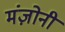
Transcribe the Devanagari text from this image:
मंज़ोनी